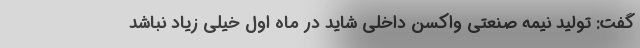
گفت: تولید نیمه صنعتی واکسن داخلی شاید در ماه اول خیلی زیاد نباشد